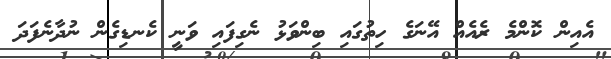
އެއިން ކޮންމެ ރެއެއް އޭނަގެ ހިތުގައި ބިންވަޅު ނެގިފައި ވަނީ ކެނޑިގެން ނުދާނެފަދަ